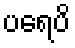
ပရေပိ